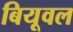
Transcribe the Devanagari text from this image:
बियूवल